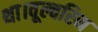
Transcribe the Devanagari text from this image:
था।वूल्वरिन